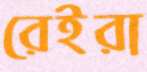
রেইরা